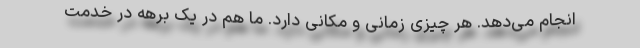
انجام می‌دهد. هر چیزی زمانی و مکانی دارد. ما هم در یک برهه در خدمت